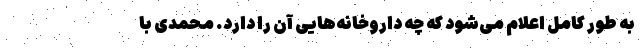
به طور کامل اعلام می‌شود که چه داروخانه‌هایی آن را دارد. محمدی با